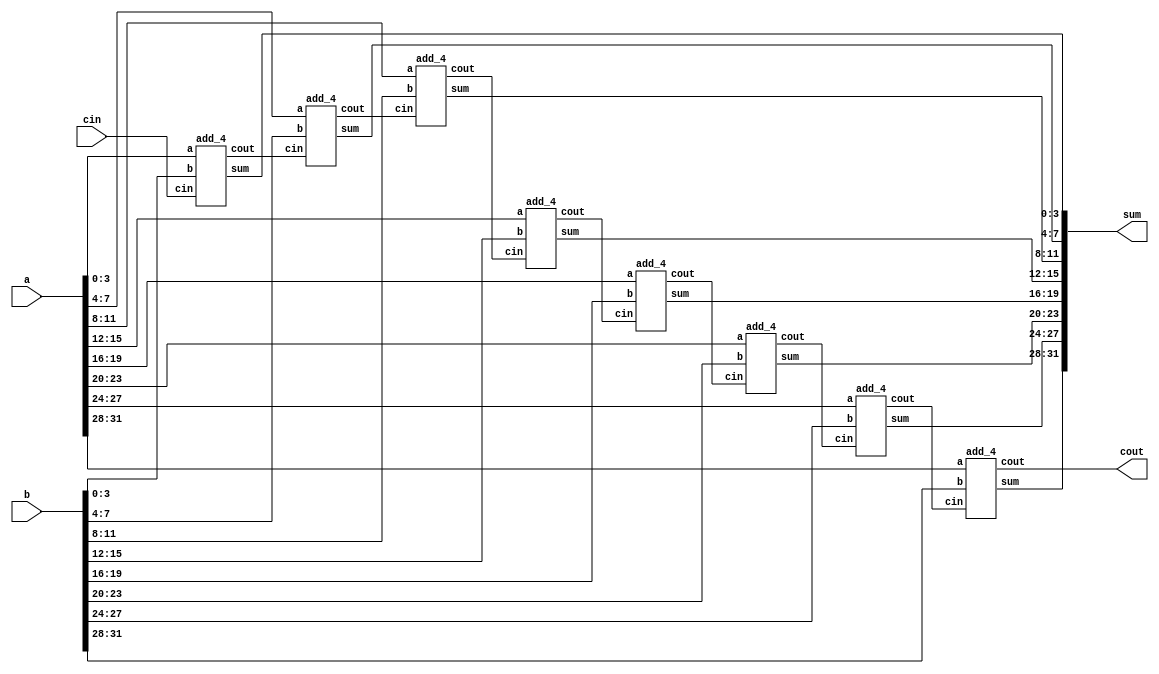
//sub-module, a 32-bit adder including eight sequential 4-bit ripple-carry-adder

module add32 (sum, cout, a, b, cin);
output [31:0] sum;
output cout;
input [31:0] a, b;
input cin;
wire cin4, cin8, cin12, cin16, cin20, cin24, cin28;
add_4 U1 (sum[3:0], cin4, a[3:0], b[3:0], cin);
add_4 U2 (sum[7:4], cin8, a[7:4], b[7:4], cin4);
add_4 U3 (sum[11:8], cin12, a[11:8], b[11:8], cin8);
add_4 U4 (sum[15:12], cin16, a[15:12], b[15:12], cin12);
add_4 U5 (sum[19:16], cin20, a[19:16], b[19:16], cin16);
add_4 U6 (sum[23:20], cin24, a[23:20], b[23:20], cin20);
add_4 U7 (sum[27:24], cin28, a[27:24], b[27:24], cin24);
add_4 U8 (sum[31:28], cout, a[31:28], b[31:28], cin28);
endmodule

module add_half (sum, cout, a, b);
input a, b;
output cout, sum;
xor (sum, a, b);
and (cout, a, b);
endmodule

module add_full (sum, cout, a, b, cin);
input a, b, cin;
output cout, sum;
wire w1, w2, w3;
add_half U1 (w1, w2, a, b);
add_half U2 (sum, w3, cin, w1);
or (cout, w2, w3);
endmodule

module add_4 (sum, cout, a, b, cin);
output [3:0] sum;
output cout;
input [3:0] a, b;
input cin;
wire cin1, cin2, cin3;
add_full U1 (sum[0], cin1, a[0], b[0], cin);
add_full U2 (sum[1], cin2, a[1], b[1], cin1);
add_full U3 (sum[2], cin3, a[2], b[2], cin2);
add_full U4 (sum[3], cout, a[3], b[3], cin3);
endmodule